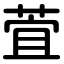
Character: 萓